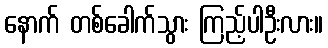
နောက် တစ်ခေါက်သွား ကြည့်ပါဦးလား။